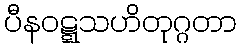
ပီနဝဋ္ဋသဟိတုဂ္ဂတာ